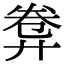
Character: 𢍕